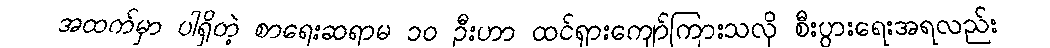
အထက်မှာ ပါရှိတဲ့ စာရေးဆရာမ ၁၀ ဦးဟာ ထင်ရှားကျော်ကြားသလို စီးပွားရေးအရလည်း